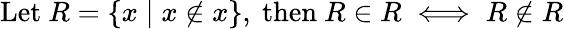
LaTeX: {\mathrm{Let~}}R=\{ x\mid x\not\in x\} {\mathrm{,~then~}}R\in R\iff R\not\in R